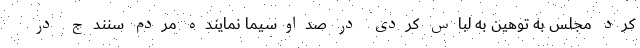
کُرد مجلس به توهین به لباس کردی در صداوسیما نماینده مردم سنندج در